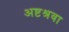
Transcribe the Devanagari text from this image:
अष्टश्रवा